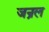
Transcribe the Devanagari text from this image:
जन्रल